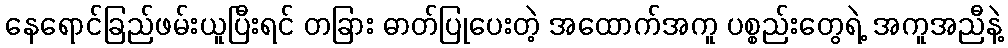
နေရောင်ခြည်ဖမ်းယူပြီးရင် တခြား ဓာတ်ပြုပေးတဲ့ အထောက်အကူ ပစ္စည်းတွေရဲ့ အကူအညီနဲ့